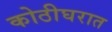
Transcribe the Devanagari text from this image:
कोठीघरात